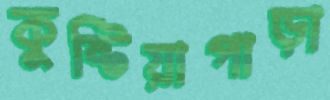
কুষ্টিয়াপাড়া